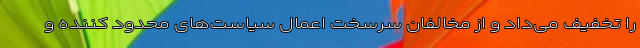
را تخفیف می‌داد و از مخالفان سرسخت اعمال سیاست‌های محدود کننده و